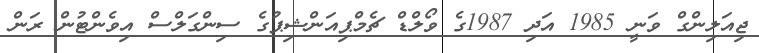
ޖިއަލިންގް ވަނީ 1985 އަދި 1987ގެ ވޯލްޑް ޗެމްޕިއަންޝިޕުގެ ސިންގަލްސް އިވެންޓުން ރަން